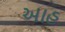
આહ